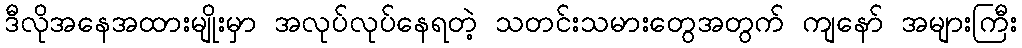
ဒီလိုအနေအထားမျိုးမှာ အလုပ်လုပ်နေရတဲ့ သတင်းသမားတွေအတွက် ကျနော် အများကြီး